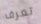
تعرف